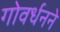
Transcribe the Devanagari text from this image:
गोवर्धनने